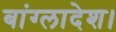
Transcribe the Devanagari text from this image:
बांग्‍लादेश।